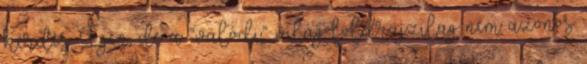
kérdés. Igen, de a “valódi” világ földrajzilag nem azonos